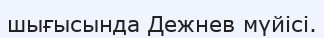
шығысында Дежнев мүйісі.